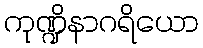
ကုဏ္ဍိနာဂရိယော